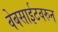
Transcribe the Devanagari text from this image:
वेबसाईटवरुन